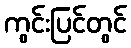
ကွင်းပြင်တွင်